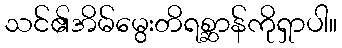
သင်၏အိမ်မွေးတိရစ္ဆာန်ကိုရှာပါ။